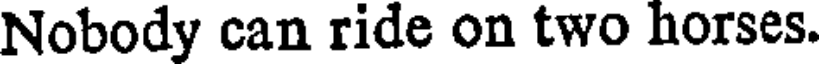
Nobody can ride on two horses.